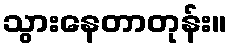
သွားနေတာတုန်း။